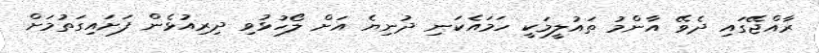
ރާއްޖޭގައި ދެވޭ އާންމު ތައުލީމަކީ ހަމައެކަނި ދުނިޔެ އަށް ލޯހުޅުވި ދިރިއުޅެން ފަށައިގަތުމަށް